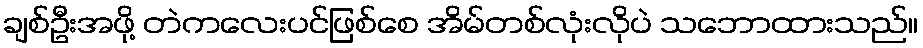
ချစ်ဦးအဖို့ တဲကလေးပင်ဖြစ်စေ အိမ်တစ်လုံးလိုပဲ သဘောထားသည်။